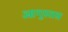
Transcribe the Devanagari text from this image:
आगुस्तस